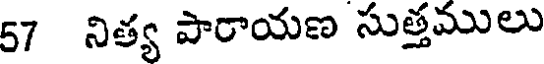
57 నిత్య పారాయణ సుత్తములు